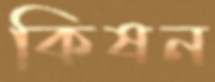
কিষন